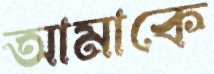
আমাকে